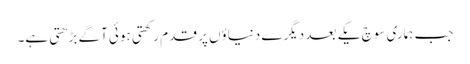
جب ہماری سوچ یکے بعد دیگرے دنیاؤں پر قدم رکھتی ہوئی آگے بڑھتی ہے۔